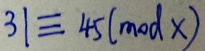
3 1 \equiv 4 5 ( m o d x )